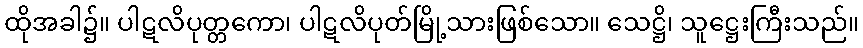
ထိုအခါ၌။ ပါဋလိပုတ္တကော၊ ပါဋလိပုတ်မြို့သားဖြစ်သော။ သေဋ္ဌိ၊ သူဋ္ဌေးကြီးသည်။